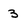
Character: 3